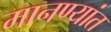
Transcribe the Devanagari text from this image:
मानण्यांत